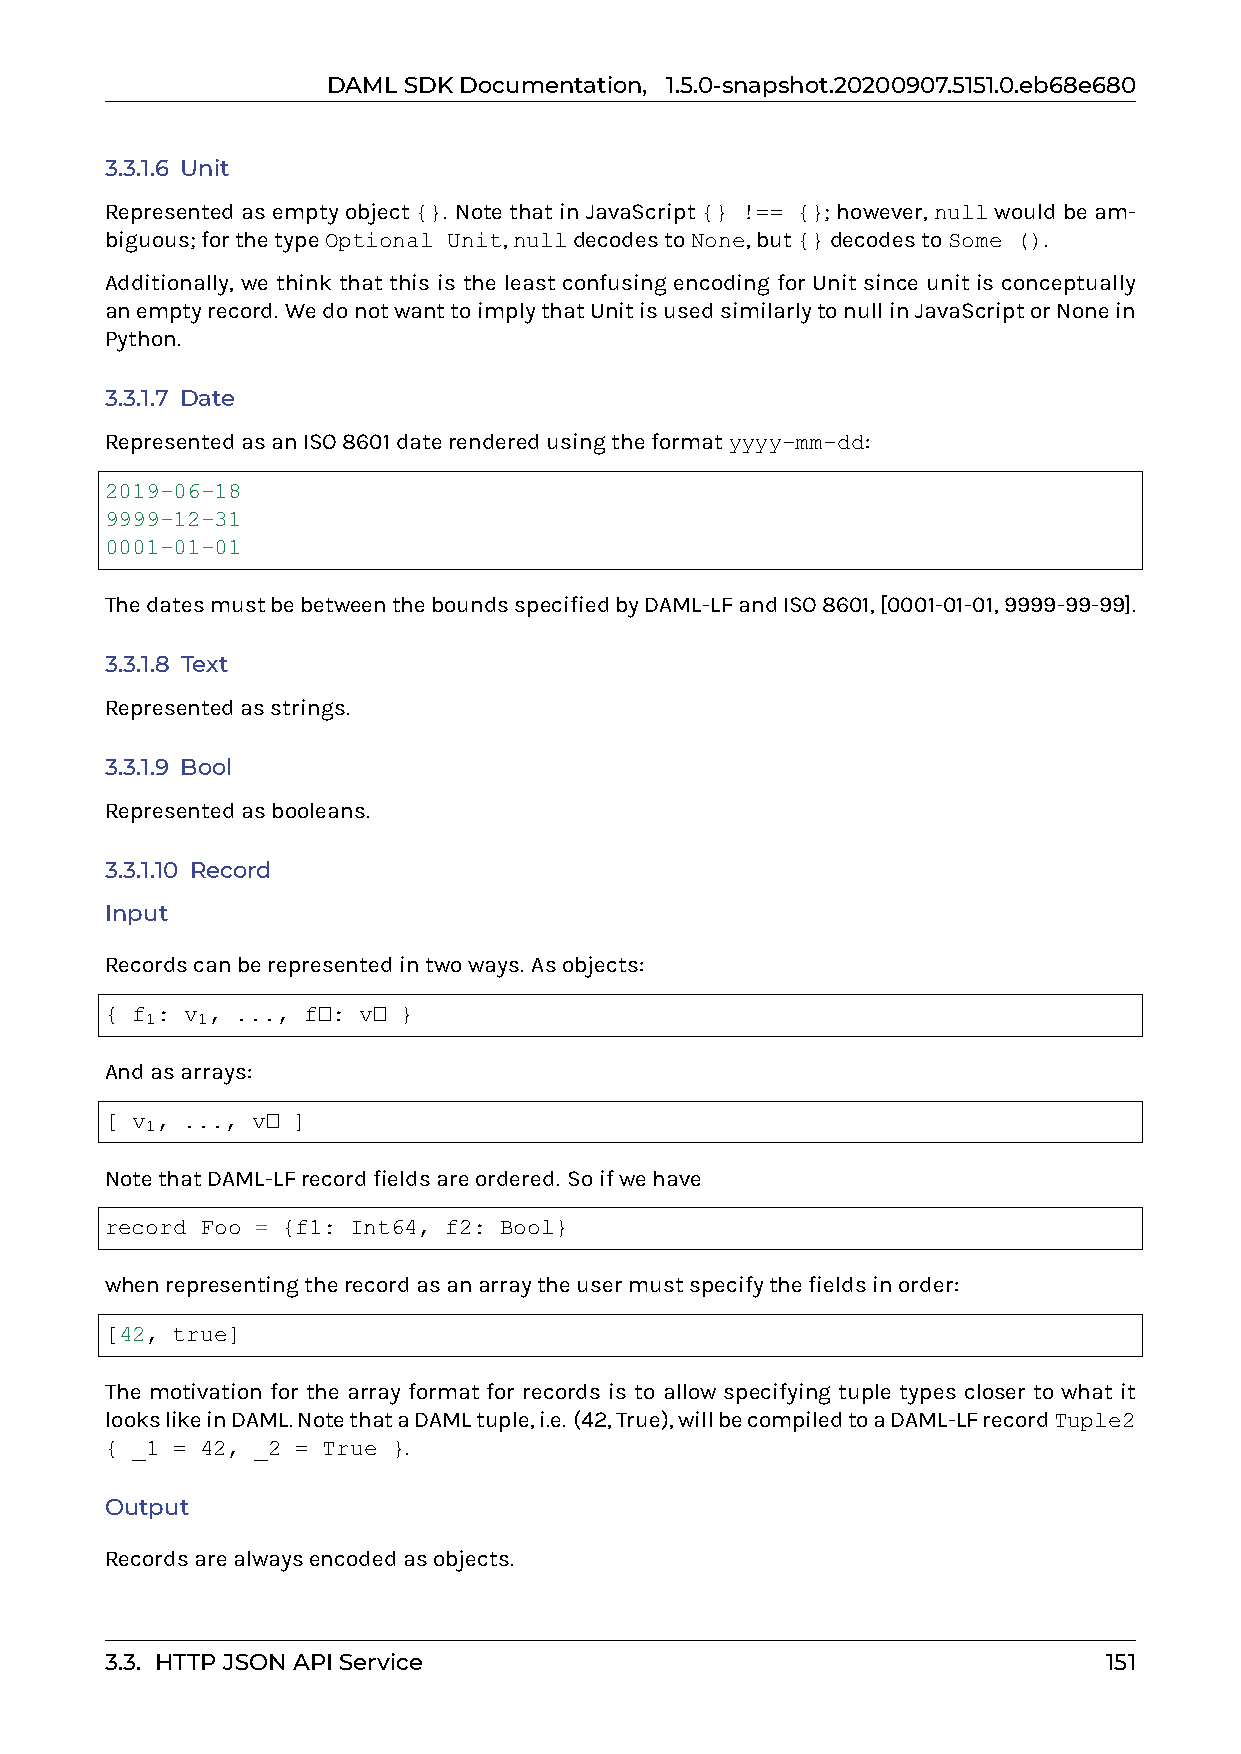
DAMLSDKDocumentation, 1.5.0-snapshot.20200907.5151.0.eb68e680
 3.3.1.6 Unit
 Representedasemptyobject{}. NotethatinJavaScript{} !== {}; however,nullwouldbeam-
 biguous;forthetypeOptional Unit,nulldecodestoNone,but{}decodestoSome ().
 Additionally, we think that this is the least confusing encoding for Unit since unit is conceptually
 anemptyrecord. WedonotwanttoimplythatUnitisusedsimilarlytonullinJavaScriptorNonein
 Python.
 3.3.1.7 Date
 RepresentedasanISO8601daterenderedusingtheformatyyyy-mm-dd:
 2019-06-18
 9999-12-31
 0001-01-01
 ThedatesmustbebetweentheboundsspecifiedbyDAML-LFandISO8601,[0001-01-01,9999-99-99].
 3.3.1.8 Text
 Representedasstrings.
 3.3.1.9 Bool
 Representedasbooleans.
 3.3.1.10 Record
 Input
 Recordscanberepresentedintwoways. Asobjects:
 { f : v , ..., f�: v� }
 1  1
 Andasarrays:
 [ v , ..., v� ]
 1
 NotethatDAML-LFrecordfieldsareordered. Soifwehave
 record Foo = {f1: Int64, f2: Bool}
 whenrepresentingtherecordasanarraytheusermustspecifythefieldsinorder:
 [42, true]
 The motivation for the array format for records is to allow specifying tuple types closer to what it
 lookslikeinDAML.NotethataDAMLtuple,i.e. (42,True),willbecompiledtoaDAML-LFrecordTuple2
 { _1 = 42, _2 = True }.
 Output
 Recordsarealwaysencodedasobjects.
 3.3. HTTPJSONAPIService                                           151